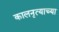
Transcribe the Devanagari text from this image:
कालनृत्याच्या